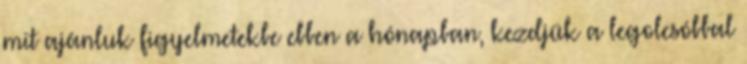
mit ajánluk figyelmetekbe ebben a hónapban, kezdjük a legolcsóbbal